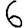
Digit: 6